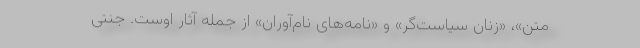
متن»، «زنان سیاست‌گر» و «نامه‌های نام‌آوران» از جمله آثار اوست. جنتی